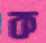
ক